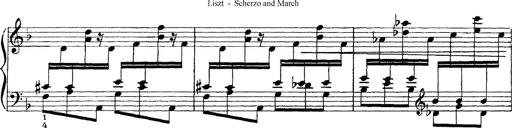
Title: Scherzo und Marsch
Composer: Franz Liszt